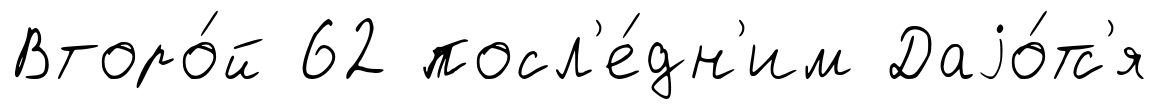
Второ́й 62 посл'е́дн'им Даjо́тс'я